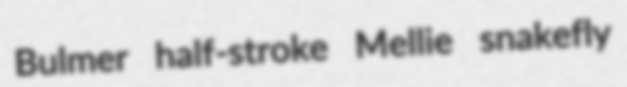
Bulmer half-stroke Mellie snakefly